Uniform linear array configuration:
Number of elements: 4
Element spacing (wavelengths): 1
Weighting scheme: hamming
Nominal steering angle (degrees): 0
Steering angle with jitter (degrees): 0.7849
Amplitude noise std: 0.05
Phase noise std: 0.05

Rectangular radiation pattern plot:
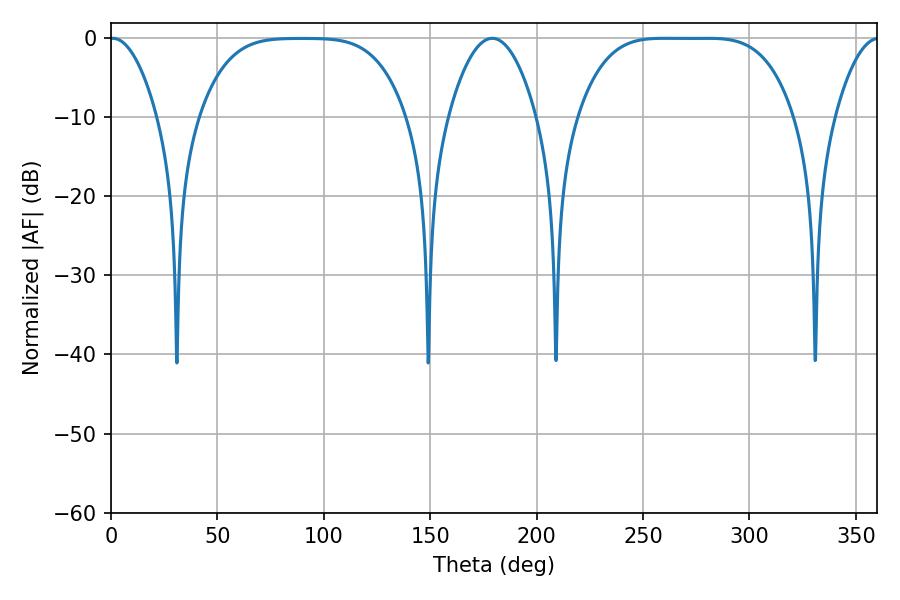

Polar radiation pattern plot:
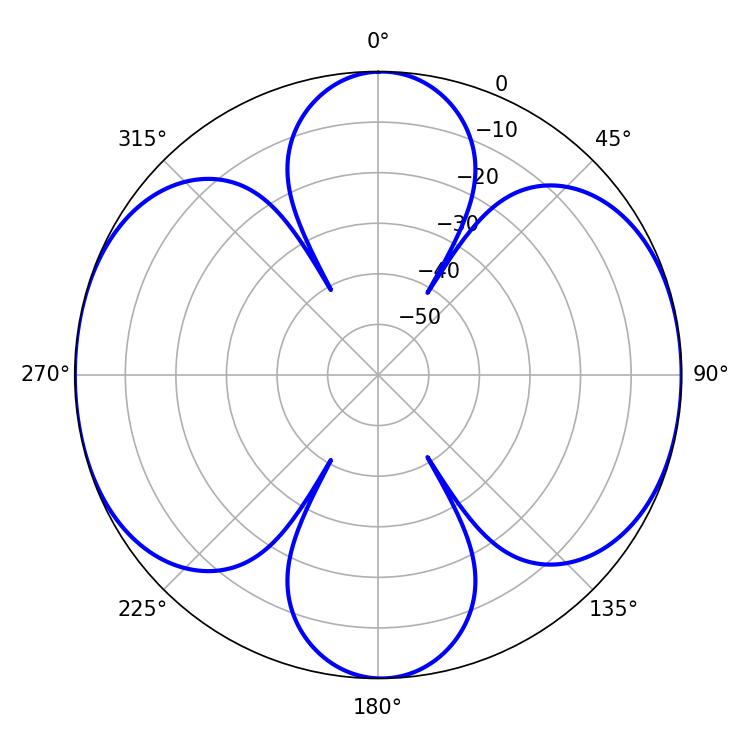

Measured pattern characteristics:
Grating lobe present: TRUE
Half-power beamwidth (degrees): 76.32
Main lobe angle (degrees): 260.28